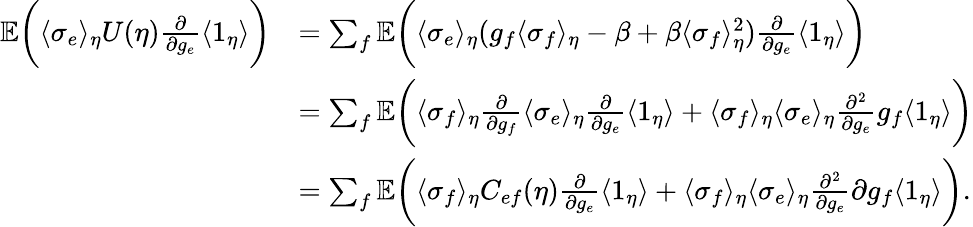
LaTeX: \begin{array}{rl}{\mathbb{E}\biggl(\langle\sigma_{e}\rangle_{\eta}U(\eta)\frac{\partial}{\partial g_{e}}\langle 1_{\eta}\rangle\biggr)}&{=\sum_{f}\mathbb{E}\biggl(\langle\sigma_{e}\rangle_{\eta}(g_{f}\langle\sigma_{f}\rangle_{\eta}-\beta+\beta\langle\sigma_{f}\rangle_{\eta}^{2})\frac{\partial}{\partial g_{e}}\langle 1_{\eta}\rangle\biggr)}\\ &{=\sum_{f}\mathbb{E}\biggl(\langle\sigma_{f}\rangle_{\eta}\frac{\partial}{\partial g_{f}}\langle\sigma_{e}\rangle_{\eta}\frac{\partial}{\partial g_{e}}\langle 1_{\eta}\rangle+\langle\sigma_{f}\rangle_{\eta}\langle\sigma_{e}\rangle_{\eta}\frac{\partial^{2}}{\partial g_{e}}{g_{f}}\langle 1_{\eta}\rangle\biggr)}\\ &{=\sum_{f}\mathbb{E}\biggl(\langle\sigma_{f}\rangle_{\eta}C_{ef}(\eta)\frac{\partial}{\partial g_{e}}\langle 1_{\eta}\rangle+\langle\sigma_{f}\rangle_{\eta}\langle\sigma_{e}\rangle_{\eta}\frac{\partial^{2}}{\partial g_{e}}{\partial g_{f}}\langle 1_{\eta}\rangle\biggr).}\end{array}